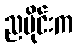
ညပိုင်းက